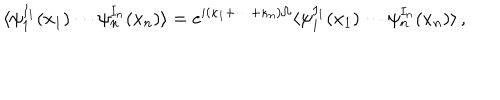
\langle \psi _ { 1 } ^ { I _ { 1 } } ( x _ { 1 } ) \cdots \psi _ { n } ^ { I _ { n } } ( x _ { n } ) \rangle = e ^ { i ( \kappa _ { 1 } + \cdots + \kappa _ { n } ) \Omega } \langle \psi _ { 1 } ^ { I _ { 1 } } ( x _ { 1 } ) \cdots \psi _ { n } ^ { I _ { n } } ( x _ { n } ) \rangle \, ,